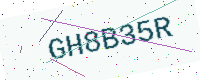
Text: GH8B35R